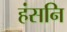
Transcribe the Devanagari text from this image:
हंसनि